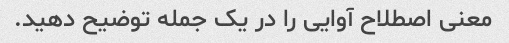
معنی اصطلاح آوایی را در یک جمله توضیح دهید.